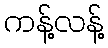
ကန့်လန့်